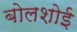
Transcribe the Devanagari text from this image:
बोलशोई